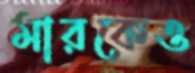
মারকেও